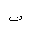
Letter: _ta